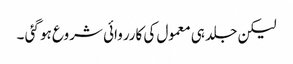
لیکن جلد ہی معمول کی کارروائی شروع ہو گئی ۔